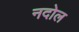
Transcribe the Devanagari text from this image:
नदोल